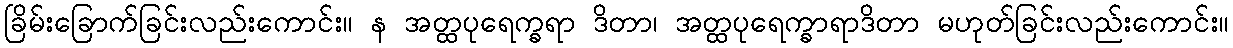
ခြိမ်းခြောက်ခြင်းလည်းကောင်း။ န အတ္ထပုရေက္ခရာ ဒိတာ၊ အတ္ထပုရေက္ခာရာဒိတာ မဟုတ်ခြင်းလည်းကောင်း။